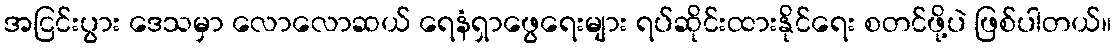
အငြင်းပွား ဒေသမှာ လောလောဆယ် ရေနံရှာဖွေရေးများ ရပ်ဆိုင်းထားနိုင်ရေး စတင်ဖို့ပဲ ဖြစ်ပါတယ်။